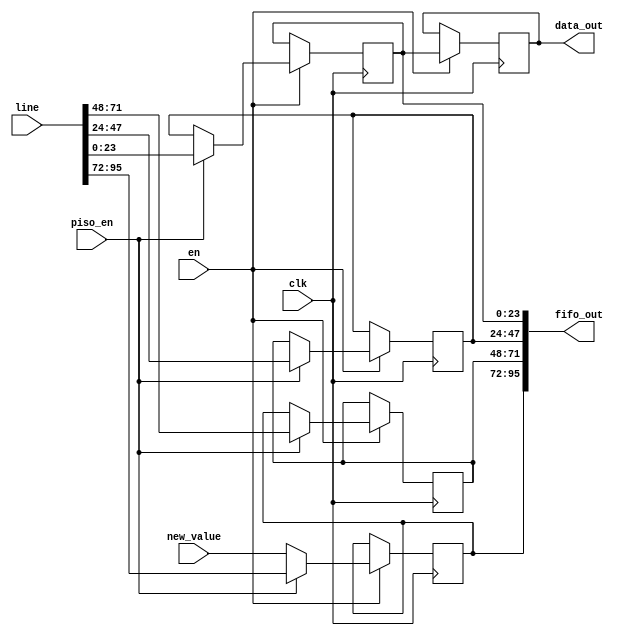
/*
 * From our research paper "High-Performance Hardware Implementation of CRYSTALS-Dilithium"
 * by Luke Beckwith, Duc Tri Nguyen, Kris Gaj
 * at George Mason University, USA
 * https://eprint.iacr.org/2021/1451.pdf
 * =============================================================================
 * Copyright (c) 2021 by Cryptographic Engineering Research Group (CERG)
 * ECE Department, George Mason University
 * Fairfax, VA, U.S.A.
 * Licensed under the Apache License, Version 2.0 (the "License");
 * you may not use this file except in compliance with the License.
 * You may obtain a copy of the License at
 *     http://www.apache.org/licenses/LICENSE-2.0
 * Unless required by applicable law or agreed to in writing, software
 * distributed under the License is distributed on an "AS IS" BASIS,
 * WITHOUT WARRANTIES OR CONDITIONS OF ANY KIND, either express or implied.
 * See the License for the specific language governing permissions and
 * limitations under the License.
 * =============================================================================
 * @author   Luke Beckwith <lbeckwit@gmu.edu>
 */


`timescale 1ns / 1ps


module ntt_fifo_piso
# (parameter DEPTH = 4)
    (
    input clk,
    input en,
    input piso_en,
    input [95:0] line,
    input [23:0] new_value,
    output reg [95:0] fifo_out,
    output reg [23:0] data_out
    );
    
    reg [23:0] fifo [DEPTH-1:0];
    
    integer i;
    initial begin
        for (i = 0; i < DEPTH; i = i + 1)
            fifo[i] = 0;
    end
    
    always @(*) begin
        fifo_out = {fifo[DEPTH-4],fifo[DEPTH-3],fifo[DEPTH-2],fifo[DEPTH-1]};
    end
    
    always @(posedge clk) begin
        if (en) begin
            data_out <= fifo[DEPTH - 1];
            for (i = DEPTH-1; i > 3; i = i - 1)
                fifo[i] <= fifo[i-1];
            
            if (piso_en) begin
                fifo[3] = line[0*24+:24];
                fifo[2] = line[1*24+:24];
                fifo[1] = line[2*24+:24];
                fifo[0] = line[3*24+:24];
            end else begin
                fifo[3] = fifo[2];
                fifo[2] = fifo[1];
                fifo[1] = fifo[0];
                fifo[0] = new_value;
            end
        end
    end
    
endmodule